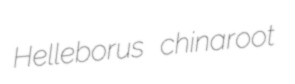
Helleborus chinaroot